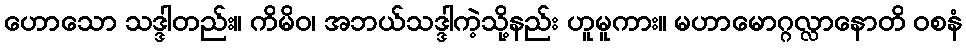
ဟောသော သဒ္ဒါတည်း။ ကိမိဝ၊ အဘယ်သဒ္ဒါကဲ့သို့နည်း ဟူမူကား။ မဟာမောဂ္ဂလ္လာနောတိ ဝစနံ